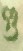
গু